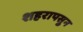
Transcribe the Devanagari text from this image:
शहरापसुन